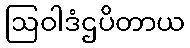
ဩဝါဒံဌပိတာယ